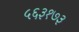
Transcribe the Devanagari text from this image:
५६३१७३